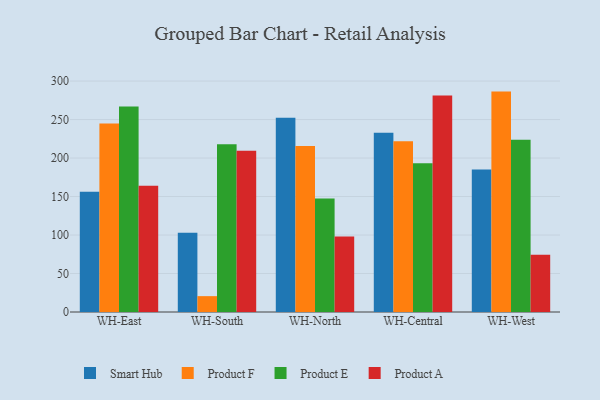
{"axis": {"x": "Warehouse", "y": "Churn Rate (%)"}, "legend": ["Product A", "Product E", "Product F", "Smart Hub"], "data": [{"x": "WH-East", "y": 156.3, "type": "Smart Hub"}, {"x": "WH-East", "y": 244.9, "type": "Product F"}, {"x": "WH-East", "y": 266.9, "type": "Product E"}, {"x": "WH-East", "y": 163.9, "type": "Product A"}, {"x": "WH-South", "y": 103.0, "type": "Smart Hub"}, {"x": "WH-South", "y": 20.6, "type": "Product F"}, {"x": "WH-South", "y": 217.9, "type": "Product E"}, {"x": "WH-South", "y": 209.6, "type": "Product A"}, {"x": "WH-North", "y": 252.4, "type": "Smart Hub"}, {"x": "WH-North", "y": 215.5, "type": "Product F"}, {"x": "WH-North", "y": 147.3, "type": "Product E"}, {"x": "WH-North", "y": 98.0, "type": "Product A"}, {"x": "WH-Central", "y": 232.8, "type": "Smart Hub"}, {"x": "WH-Central", "y": 221.9, "type": "Product F"}, {"x": "WH-Central", "y": 193.2, "type": "Product E"}, {"x": "WH-Central", "y": 281.3, "type": "Product A"}, {"x": "WH-West", "y": 185.0, "type": "Smart Hub"}, {"x": "WH-West", "y": 286.3, "type": "Product F"}, {"x": "WH-West", "y": 223.9, "type": "Product E"}, {"x": "WH-West", "y": 74.4, "type": "Product A"}]}